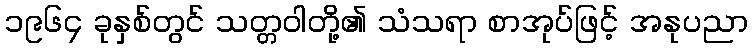
၁၉၆၄ ခုနှစ်တွင် သတ္တဝါတို့၏ သံသရာ စာအုပ်ဖြင့် အနုပညာ